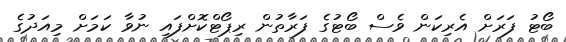
ބޯޓު ފަރަށް އެރިކަން ވެސް ބޯޓުގެ ފަރާތުން ރިޕޯޓްކޮށްފައި ނުވާ ކަމަށް މިއަދުގެ